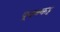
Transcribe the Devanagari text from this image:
पूवक्कट्ट